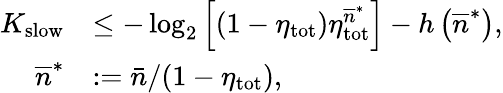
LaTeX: \begin{array}{rl}{K_{\mathrm{slow}}}&{\leq-\log_{2}\left[(1-\eta_{\mathrm{tot}})\eta_{\mathrm{tot}}^{\overline{{n}}^{\ast}}\right]-h\left(\overline{{n}}^{\ast}\right),}\\ {\overline{{n}}^{\ast}}&{:=\bar{n}/(1-\eta_{\mathrm{tot}}),}\end{array}